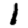
Digit: 1